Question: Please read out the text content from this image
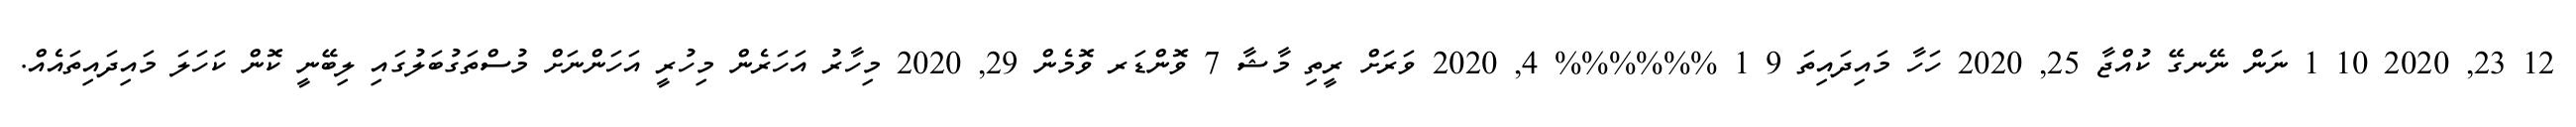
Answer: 12 23, 2020 10 1 ނަން ނޭނގޭ ކުއްޖާ 25, 2020 ހަހާ މައިދައިތަ 9 1 %%%%%% 4, 2020 ވަރަށް ރީތި މާޝާ 7 ވޮންޑަރ ވޮމެން 29, 2020 މިހާރު އަހަރެން މިހުރީ އަހަންނަށް މުސްތަގުބަލުގައި ލިބޭނީ ކޮން ކަހަލަ މައިދައިތައެއް.